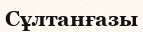
Сұлтанғазы